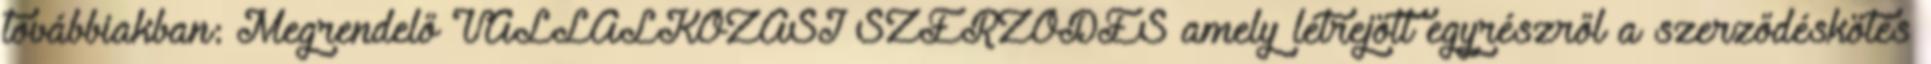
továbbiakban: Megrendelő VÁLLALKOZÁSI SZERZŐDÉS amely létrejött egyrészről a szerződéskötés